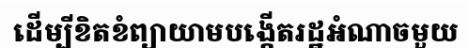
ដើម្បីខិតខំព្យាយាមបង្កើតរដ្ឋអំណាចមួយ